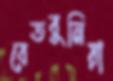
বেতবুনিয়া